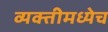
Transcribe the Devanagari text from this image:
व्यक्तीमध्येच